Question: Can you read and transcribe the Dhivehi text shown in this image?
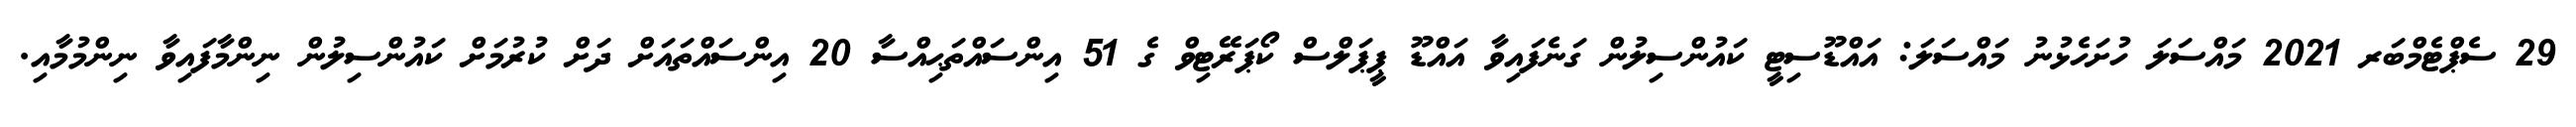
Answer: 29 ސެޕްޓެމްބަރ 2021 މައްސަލަ ހުށަހެޅުނު މައްސަލަ: އައްޑޫސިޓީ ކައުންސިލުން ގަނެފައިވާ އައްޑޫ ޕީޕަލްސް ކޯޕަރޭޓިވް ގެ 51 އިންސައްތަޙިއްސާ 20 އިންސައްތައަށް ދަށް ކުރުމަށް ކައުންސިލުން ނިންމާފައިވާ ނިންމުމާއި.